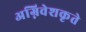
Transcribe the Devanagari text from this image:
अग्निवेशकृते